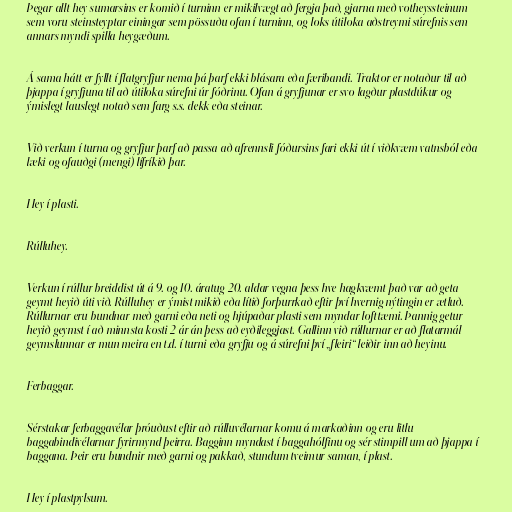
Þegar allt hey sumarsins er komið í turninn er mikilvægt að fergja það, gjarna með votheyssteinum
sem voru steinsteyptar einingar sem pössuðu ofan í turninn, og loks útiloka aðstreymi súrefnis sem
annars myndi spilla heygæðum.

Á sama hátt er fyllt í flatgryfjur nema þá þarf ekki blásara eða færibandi. Traktor er notaður til að
þjappa í gryfjuna til að útiloka súrefni úr fóðrinu. Ofan á gryfjunar er svo lagður plastdúkur og
ýmislegt lauslegt notað sem farg s.s. dekk eða steinar.

Við verkun í turna og gryfjur þarf að passa að afrennsli fóðursins fari ekki út í viðkvæm vatnsból eða
læki og ofauðgi (mengi) lífríkið þar.

Hey í plasti.

Rúlluhey.

Verkun í rúllur breiddist út á 9. og 10. áratug 20. aldar vegna þess hve hagkvæmt það var að geta
geymt heyið úti við. Rúlluhey er ýmist mikið eða lítið forþurrkað eftir því hvernig nýtingin er ætluð.
Rúllurnar eru bundnar með garni eða neti og hjúpaðar plasti sem myndar lofttæmi. Þannig getur
heyið geymst í að minnsta kosti 2 ár án þess að eyðileggjast. Gallinn við rúllurnar er að flatarmál
geymslunnar er mun meira en t.d. í turni eða gryfju og á súrefni því „fleiri“ leiðir inn að heyinu.

Ferbaggar.

Sérstakar ferbaggavélar þróuðust eftir að rúlluvélarnar komu á markaðinn og eru litlu
baggabindivélarnar fyrirmynd þeirra. Bagginn myndast í baggahólfinu og sér stimpill um að þjappa í
baggana. Þeir eru bundnir með garni og pakkað, stundum tveimur saman, í plast.

Hey í plastpylsum.